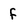
Character: f